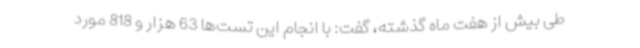
طی بیش از هفت ماه گذشته، گفت: با انجام این تست‌ها 63 هزار و 818 مورد